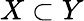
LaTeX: X\subset Y